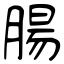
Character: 腸